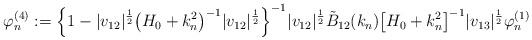
\begin{align*} \varphi^{(4)}_n := \Bigl\{1- |v_{12}|^{\frac 12} \bigl(H_0 +k_n^2\bigr)^{-1}|v_{12}|^{\frac 12} \Bigr\}^{-1}|v_{12}|^{\frac 12} \tilde B_{12} (k_n) \bigl[H_0 + k_n^2\bigr]^{-1}|v_{13}|^{\frac 12}\varphi^{(1)}_n \end{align*}